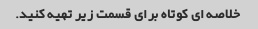
خلاصه ای کوتاه برای قسمت زیر تهیه کنید.